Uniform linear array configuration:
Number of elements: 32
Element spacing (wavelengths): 0.5
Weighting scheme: exponential
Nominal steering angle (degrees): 60
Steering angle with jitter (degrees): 61.0
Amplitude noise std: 0.05
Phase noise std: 0.05

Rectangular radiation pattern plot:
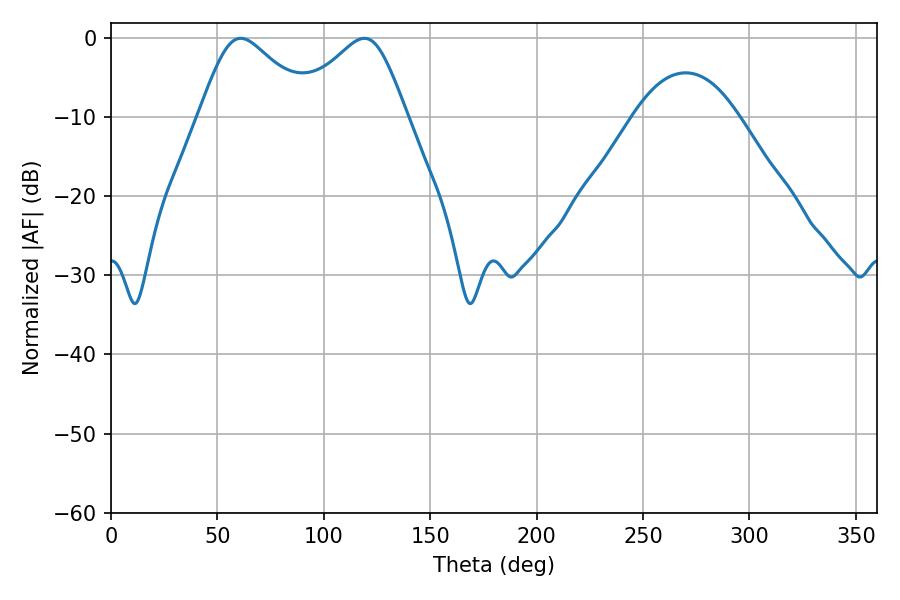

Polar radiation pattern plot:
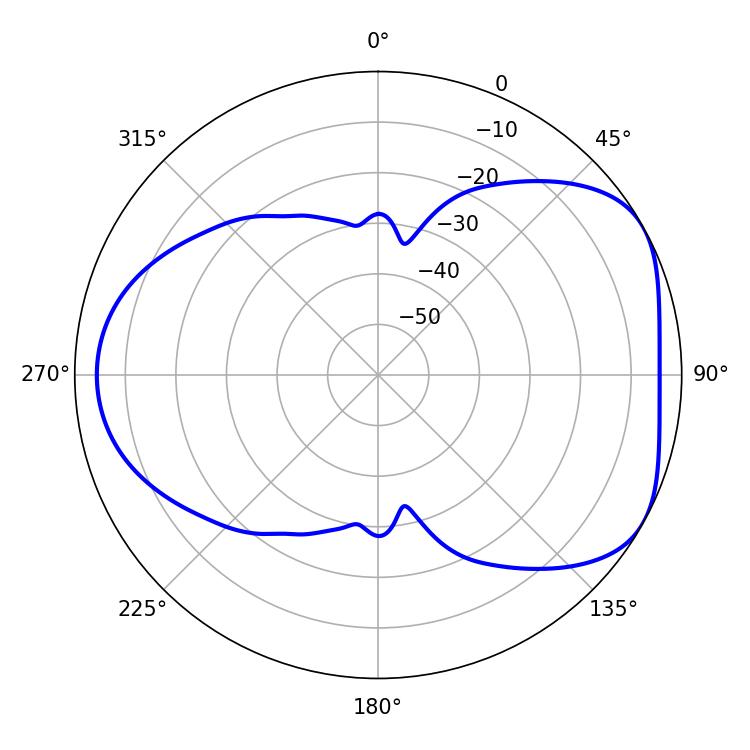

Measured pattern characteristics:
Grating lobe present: FALSE
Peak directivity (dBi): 4.847
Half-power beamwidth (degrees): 26.46
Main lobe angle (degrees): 61.02